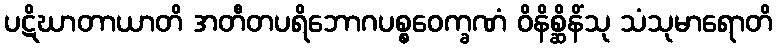
ပဋိဃာတာယာတိ အတီတပရိဘောဂပစ္စဝေက္ခဏံ ဝိနိစ္ဆိနိံသု သံသုမာရောတိ